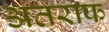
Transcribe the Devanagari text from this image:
अतराफ